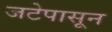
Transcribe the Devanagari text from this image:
जटेपासून